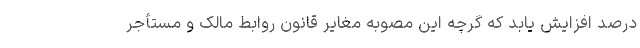
درصد افزایش یابد که گرچه این مصوبه مغایر قانون روابط مالک و مستأجر